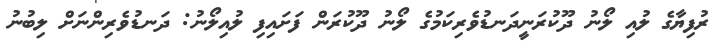
ރުފިޔާގެ ލުއި ލޯނު ދޫކުރަނީދަނޑުވެރިކަމުގެ ލޯނު ދޫކުރަން ފަށައިފި ލުއިލޯނު: ދަނޑުވެރިންނަށް ލިބުނު